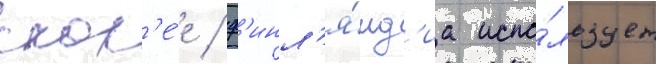
скор'е́е / ф'инл'я́нд'иа испо́льзует